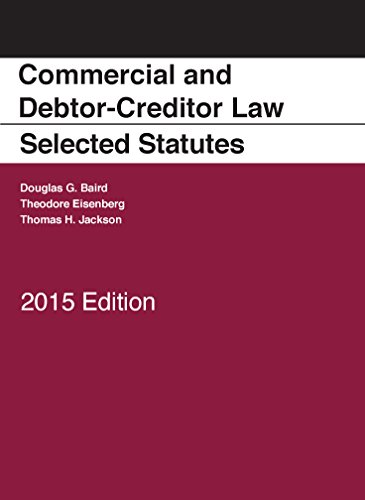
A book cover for Commercial and Debtor-Creditor Law Selected Statutes, 2015 Edition; Douglas Baird; Law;